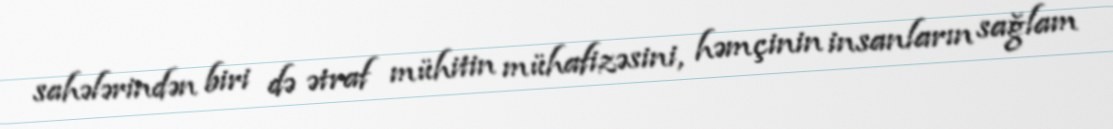
sahələrindən biri də ətraf mühitin mühafizəsini, həmçinin insanların sağlam